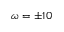
\omega = \pm 1 0